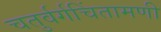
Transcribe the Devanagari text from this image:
चतुर्वर्गचिंतामणी